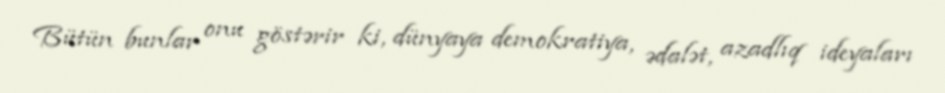
Bütün bunlar onu göstərir ki, dünyaya demokratiya, ədalət, azadlıq ideyaları